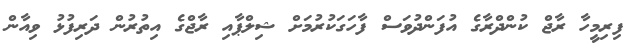
ފިރިމީހާ ރާޖް ކުންދްރާގެ އުފަންދުވަސް ފާހަގަކުރުމަށް ޝިލްޕާާއި ރާޖްގެ އިތުރުން ދަރިފުޅު ވިއާން